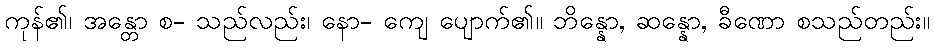
ကုန်၏၊ အန္တော စ- သည်လည်း၊ နော- ကျေ ပျောက်၏။ ဘိန္နော, ဆန္နော, ခီဏော စသည်တည်း။